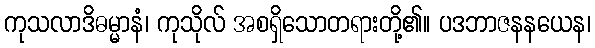
ကုသလာဒိဓမ္မာနံ၊ ကုသိုလ် အစရှိသောတရားတို့၏။ ပဒဘာဇနနယေန၊